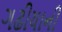
ગઢીયાની